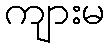
ကျားမ